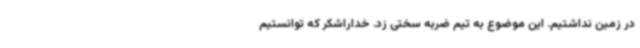
در زمین نداشتیم. این موضوع به تیم ضربه سختی زد. خداراشکر که توانستیم